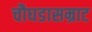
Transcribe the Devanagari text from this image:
चौघडासम्राट